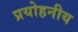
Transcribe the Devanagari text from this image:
प्रयोहनीय